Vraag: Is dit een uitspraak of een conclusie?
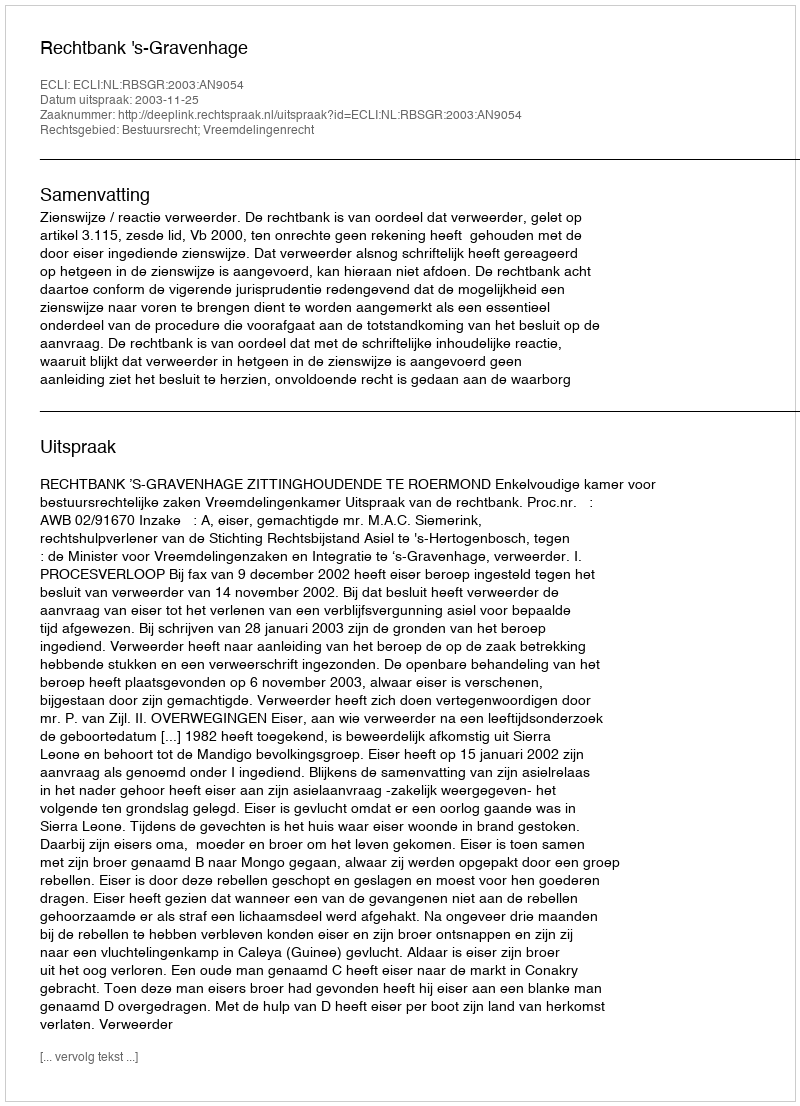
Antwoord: Uitspraak